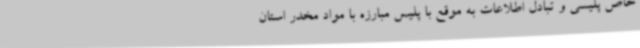
خاص پلیسی و تبادل اطلاعات به موقع با پلیس مبارزه با مواد مخدر استان